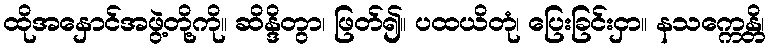
ထိုအနှောင်အဖွဲ့တို့ကို။ ဆိန္ဒိတွာ၊ ဖြတ်၍။ ပထယိတုံ၊ ပြေးခြင်းငှာ။ နသက္ကေန္တိ၊